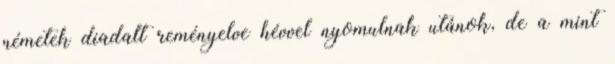
németek diadalt reményelve hévvel nyomulnak utánok, de a mint